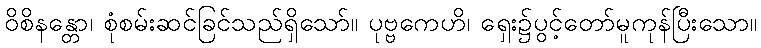
ဝိစိနန္တော၊ စုံစမ်းဆင်ခြင်သည်ရှိသော်။ ပုဗ္ဗကေဟိ၊ ရှေး၌ပွင့်တော်မူကုန်ပြီးသော။